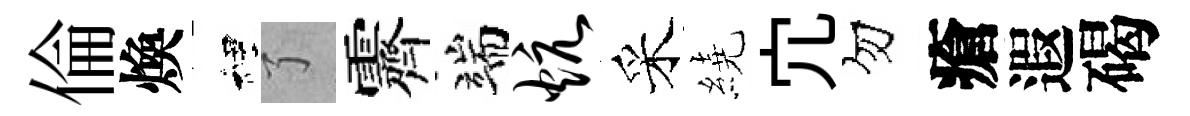
倫煥裡了霽端炕采繞宂勿瘡遐碣